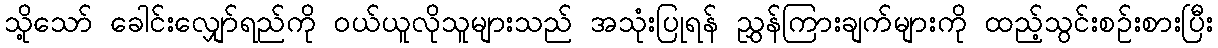
သို့သော် ခေါင်းလျှော်ရည်ကို ဝယ်ယူလိုသူများသည် အသုံးပြုရန် ညွှန်ကြားချက်များကို ထည့်သွင်းစဉ်းစားပြီး